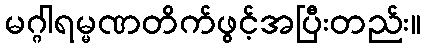
မဂ္ဂါရမ္မဏတိက်ဖွင့်အပြီးတည်း။